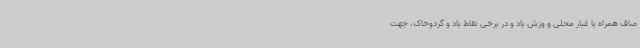
صاف همراه با غبار محلی و وزش باد و در برخی نقاط باد و گردوخاک، جهت